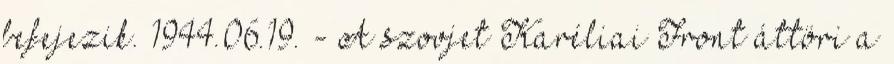
befejezik. 1944.06.19. - A szovjet Karéliai Front áttöri a